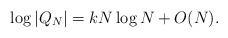
LaTeX: \begin{align*}\log|Q_N| = k N \log N + O(N).\end{align*}